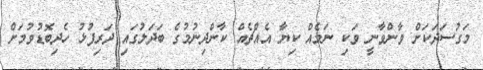
މަގުސަދަކަށް ވާންވާނީ ވަކި ނަމެއް ކިޔާ އެއްޗެއް ކާންދިނުމުގެ ބަދަލުގައި ދަރިފުޅު ހެދިބޮޑުވުމަށް